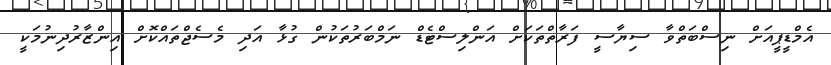
އެމްޑީޕީއަށް ނިސްބަތްވާ ސިޔާސީ ފަރާތްތަކަށް އަންލިސްޓެޑް ނަމްބަރުތަކުން ގުޅާ އަދި މެސެޖްތައްކޮށް އިންޒާރުދިނުމަކީ